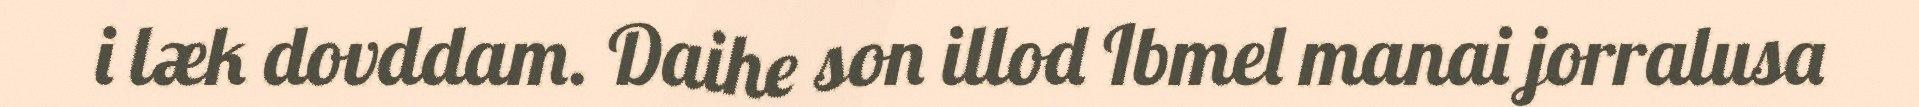
i læk dovddam. Daihe son illod Ibmel manai jorralusa